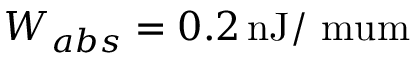
W _ { a b s } = 0 . 2 \, \mathrm { n J / \ m u m }